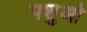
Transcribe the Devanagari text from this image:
पशुओँ